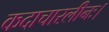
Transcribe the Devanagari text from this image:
कदाचारलीनः।